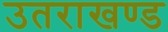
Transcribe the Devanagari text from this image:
उतराखण्ड